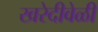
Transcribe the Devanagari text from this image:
खरेदीवेळी